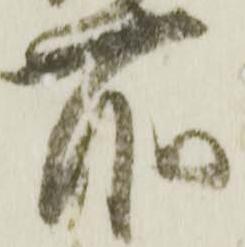
所